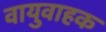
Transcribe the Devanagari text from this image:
वायुवाहक